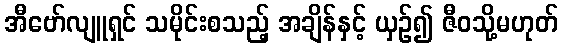
အီဗော်လျူရှင် သမိုင်းစသည့် အချိန်နှင့် ယှဉ်၍ ဇီဝသို့မဟုတ်